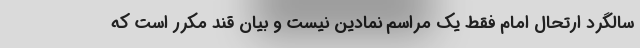
سالگرد ارتحال امام فقط یک مراسم نمادین نیست و بیان قند مکرر است که